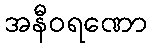
အနီဝရဏော